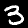
Digit: 3